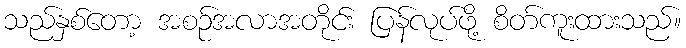
သည်နှစ်တော့ အစဉ်အလာအတိုင်း ပြန်လုပ်ဖို့ စိတ်ကူးထားသည်။